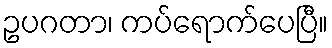
ဥပဂတာ၊ ကပ်ရောက်ပေပြီ။